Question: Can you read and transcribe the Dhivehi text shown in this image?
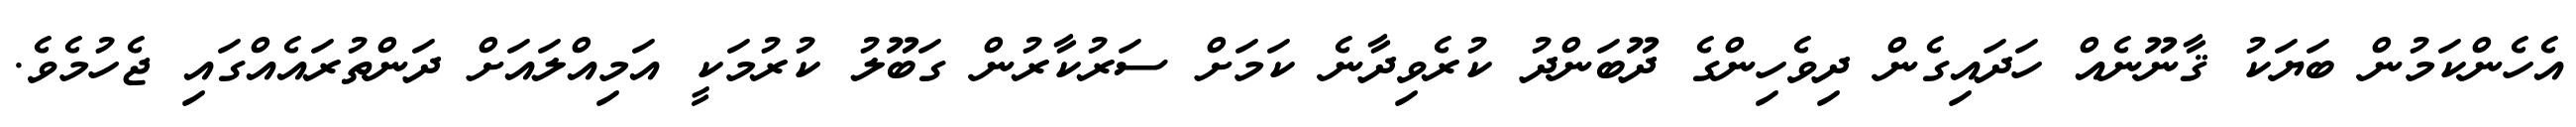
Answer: އެހެންކަމުން ބަޔަކު ޤާނޫނެއް ހަދައިގެން ދިވެހިންގެ ދޫބަންދު ކުރެވިދާނެ ކަމަށް ސަރުކާރުން ގަބޫލު ކުރުމަކީ އަމިއްލައަށް ދަންތުރައެއްގައި ޖެހުމެވެ.